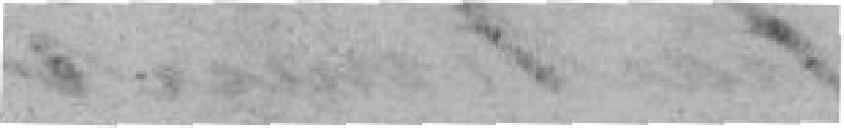
.